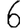
Digit: 6